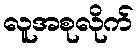
လူအစုလိုက်